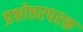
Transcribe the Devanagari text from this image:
प्रश्नोत्तरपरक